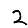
Digit: 2